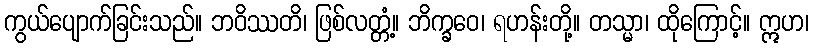
ကွယ်ပျောက်ခြင်းသည်။ ဘဝိဿတိ၊ ဖြစ်လတ္တံ့။ ဘိက္ခဝေ၊ ရဟန်းတို့။ တသ္မာ၊ ထိုကြောင့်။ ဣဟ၊